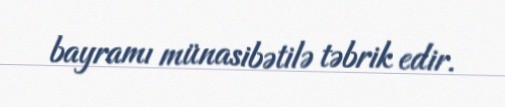
bayramı münasibətilə təbrik edir.